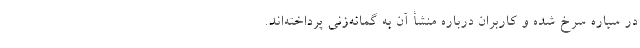
در سیاره سرخ شده و کاربران درباره منشأ آن به گمانه‌زنی پرداخته‌اند.